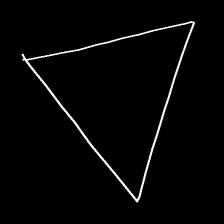
Glyph: convergence